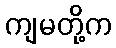
ကျမတို့က